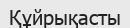
Құйрықасты